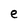
Character: e